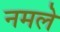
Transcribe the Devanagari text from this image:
नमले